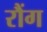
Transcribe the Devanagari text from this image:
रौंग